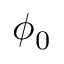
\phi _ { 0 }